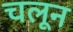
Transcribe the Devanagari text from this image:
चलून